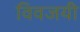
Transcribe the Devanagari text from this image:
विवजयी